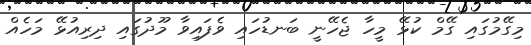
މިގޭމުގައި ގޭމް ކުޅޭ މީހާ ޖެހޭނީ ބަނޑުހައި ވެފައިވާ މޫދުގައި ދިރިއުޅޭ މަހެއް